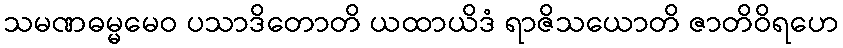
သမဏဓမ္မမေဝ ပသာဒိတောတိ ယထာယိဒံ ရာဇိသယောတိ ဇာတိဝိရဟေ